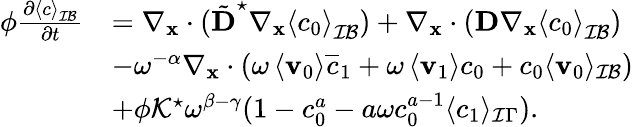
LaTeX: \begin{array}{rl}{\phi\frac{\partial\left\langle c\right\rangle_{\mathcal{IB}}}{\partial t}}&{=\nabla_{\mathbf{x}}\cdot(\tilde{\textbf{D}}^{\star}\nabla_{\mathbf x}\left\langle c_{0}\right\rangle_{\mathcal{IB}})+\nabla_{\mathbf x}\cdot(\textbf{D}\nabla_{\mathbf x}\left\langle c_{0}\right\rangle_{\mathcal{IB}})}\\ &{-\omega^{-\alpha}\nabla_{\mathbf x}\cdot\left(\omega\left\langle\mathbf v_{0}\right\rangle\overline{{c}}_{1}+\omega\left\langle\mathbf v_{1}\right\rangle c_{0}+c_{0}\langle\mathbf v_{0}\rangle_{\mathcal{IB}}\right)}\\ &{+\phi\mathcal{K}^{\star}\omega^{\beta-\gamma}(1-c_{0}^{a}-a\omega c_{0}^{a-1}\langle c_{1}\rangle_{\mathcal I\Gamma}).}\end{array}